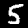
Label: 5